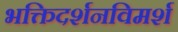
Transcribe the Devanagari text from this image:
भक्तिदर्शनविमर्श